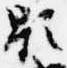
顕